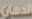
الدهان